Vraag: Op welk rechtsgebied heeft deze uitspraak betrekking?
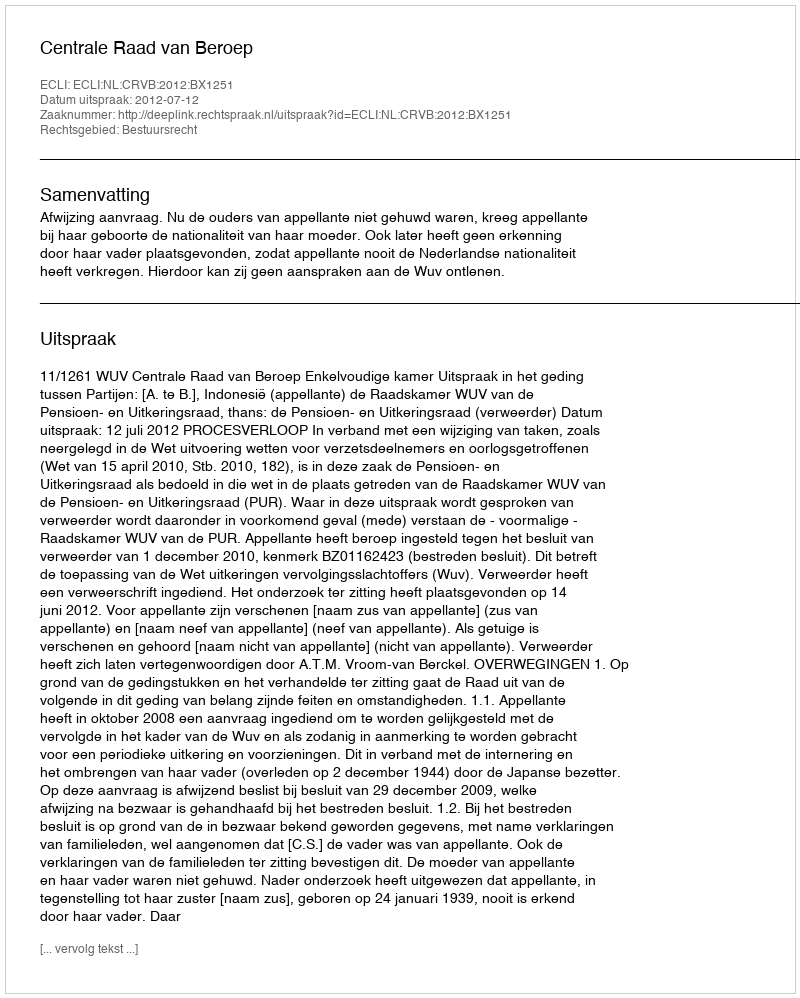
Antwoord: Bestuursrecht